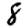
Digit: 8